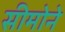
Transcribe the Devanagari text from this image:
सीमोने